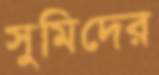
সুমিদের